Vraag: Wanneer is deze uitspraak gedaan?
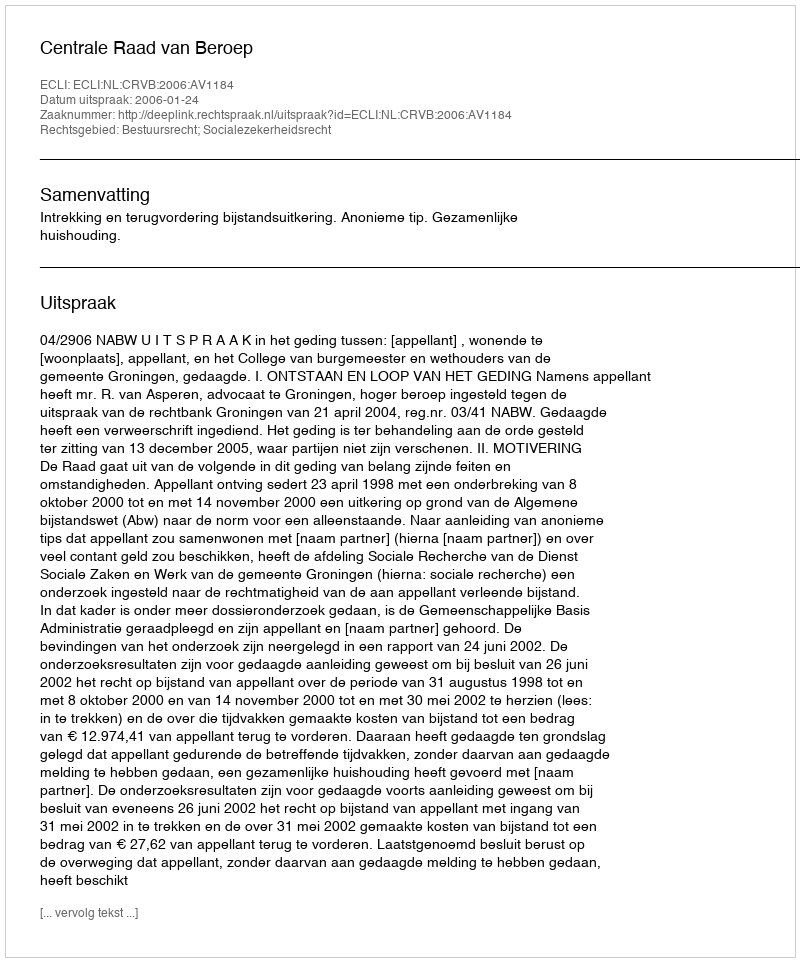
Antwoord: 2006-01-24